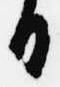
日